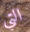
التي